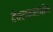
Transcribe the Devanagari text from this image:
देवरायांमधील